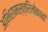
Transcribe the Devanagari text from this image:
अभिरामस्त्रिलोकानां